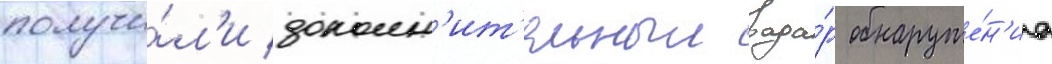
получи́л'и дополн'ит'ельныи рада́р обнаруже́н'иа